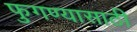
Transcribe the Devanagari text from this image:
फुगण्यासाठी